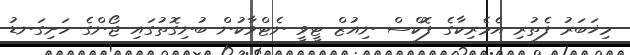
މިޚަބަރު ފެތުރި އެމެރިކާގެ ފޮކްސް ނިއުޒް ޓީވީ ނެޓްވާކުން ބުނިގޮތުގައި ޖޯންގެ ހަށިގަނޑު